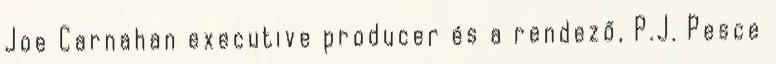
Joe Carnahan executive producer és a rendező, P.J. Pesce